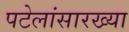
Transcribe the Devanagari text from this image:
पटेलांसारख्या